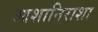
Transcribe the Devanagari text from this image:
आशानिराशा